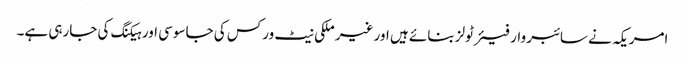
امریکہ نے سائبر وار فیئر ٹولز بنائے ہیں اور غیر ملکی نیٹ ورکس کی جاسوسی اور ہیکنگ کی جارہی ہے۔